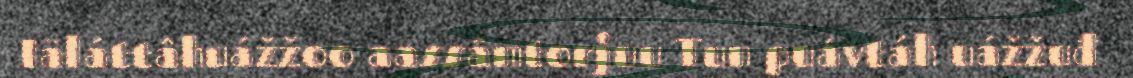
Iäláttâhuážžoo aassâmtorjuu Tun puávtáh uážžuđ